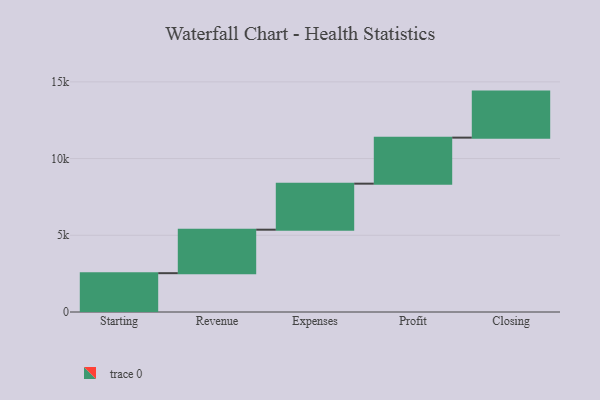
{"axis": {"x": "Step", "y": "Value"}, "legend": [""], "data": [{"x": "Starting", "y": 2530.0, "type": ""}, {"x": "Revenue", "y": 2835.0, "type": ""}, {"x": "Expenses", "y": 3000, "type": ""}, {"x": "Profit", "y": 3000, "type": ""}, {"x": "Closing", "y": 3000, "type": ""}]}